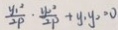
\frac { y _ { 1 } ^ { 2 } } { 2 P } \cdot \frac { 4 _ { 2 } ^ { 2 } } { 2 P } + y , y _ { 2 } = 0